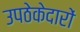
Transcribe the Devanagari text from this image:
उपठेकेदारों